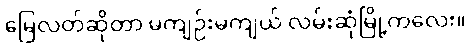
မြေလတ်ဆိုတာ မကျဉ်းမကျယ် လမ်းဆုံမြို့ကလေး။